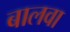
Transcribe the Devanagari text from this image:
बालवा